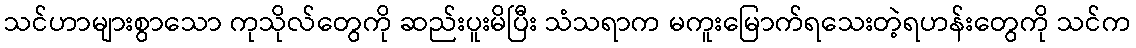
သင်ဟာများစွာသော ကုသိုလ်တွေကို ဆည်းပူးမိပြီး သံသရာက မကူးမြောက်ရသေးတဲ့ရဟန်းတွေကို သင်က